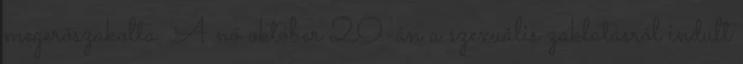
megerőszakolta. A nő október 20-án a szexuális zaklatásról indult